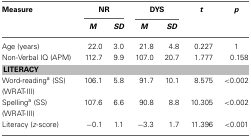
| Measure | <COLSPAN=2> NR | <COLSPAN=2> DYS | t | p |
 |  | M | SD | M | SD |  |  |
 | --- | --- | --- | --- | --- | --- | --- |
 | Age (years) | 22.0 | 3.0 | 21.8 | 4.8 | 0.227 | 1 |
 | Non-Verbal IQ (APM) | 112.7 | 9.9 | 107.0 | 20.7 | 1.777 | 0.158 |
 | <COLSPAN=7> LITERACY |
 | Word-readinga (SS) (WRAT-III) | 106.1 | 5.8 | 91.7 | 10.1 | 8.575 | <0.002 |
 | Spellinga (SS) (WRAT-III) | 107.6 | 6.6 | 90.8 | 8.8 | 10.305 | <0.002 |
 | Literacy (z-score) | −0.1 | 1.1 | −3.3 | 1.7 | 11.396 | <0.001 |